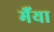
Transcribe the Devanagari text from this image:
मैंया